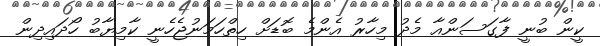
ކީން ބުނީ ފާގަސަންއާ މެދު މިހާރު އެންމެ ބޮޑަށް ހިތްހަމަނުޖެހެނީ ކާމިޔާބު ހޯދައިދިން